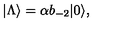
| \Lambda \rangle = \alpha b _ { - 2 } | 0 \rangle ,